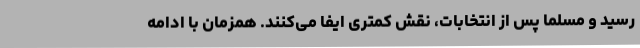
رسید و مسلماً پس از انتخابات، نقش کمتری ایفا می‌کنند. همزمان با ادامه